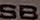
SB